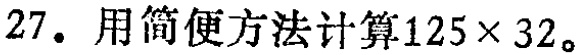
27. 用简便方法计算\(125\times 32\)。